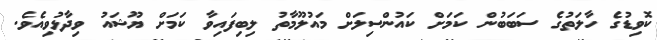
ކޮވިޑުގެ ހާލަތުގެ ސަބަބުން ކަމަށް ކައުންސިލަށް މައުލޫމާތު ލިބިފައިވާ ކަމަށް ޔޫޝައު ވިދާޅުވިއެވެ.